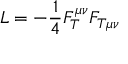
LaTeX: { \cal L } = - \frac 1 4 F _ { T } ^ { \mu \nu } F _ { T \mu \nu }